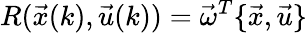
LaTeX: R(\vec{x}(k),\vec{u}(k))=\vec{\omega}^{T}\{ \vec{x},\vec{u}\}